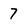
Character: 7